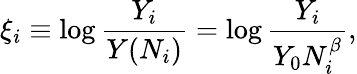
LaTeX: \xi_{i}\equiv\log\frac{Y_{i}}{Y(N_{i})}=\log\frac{Y_{i}}{Y_{0}N_{i}^{\beta}},